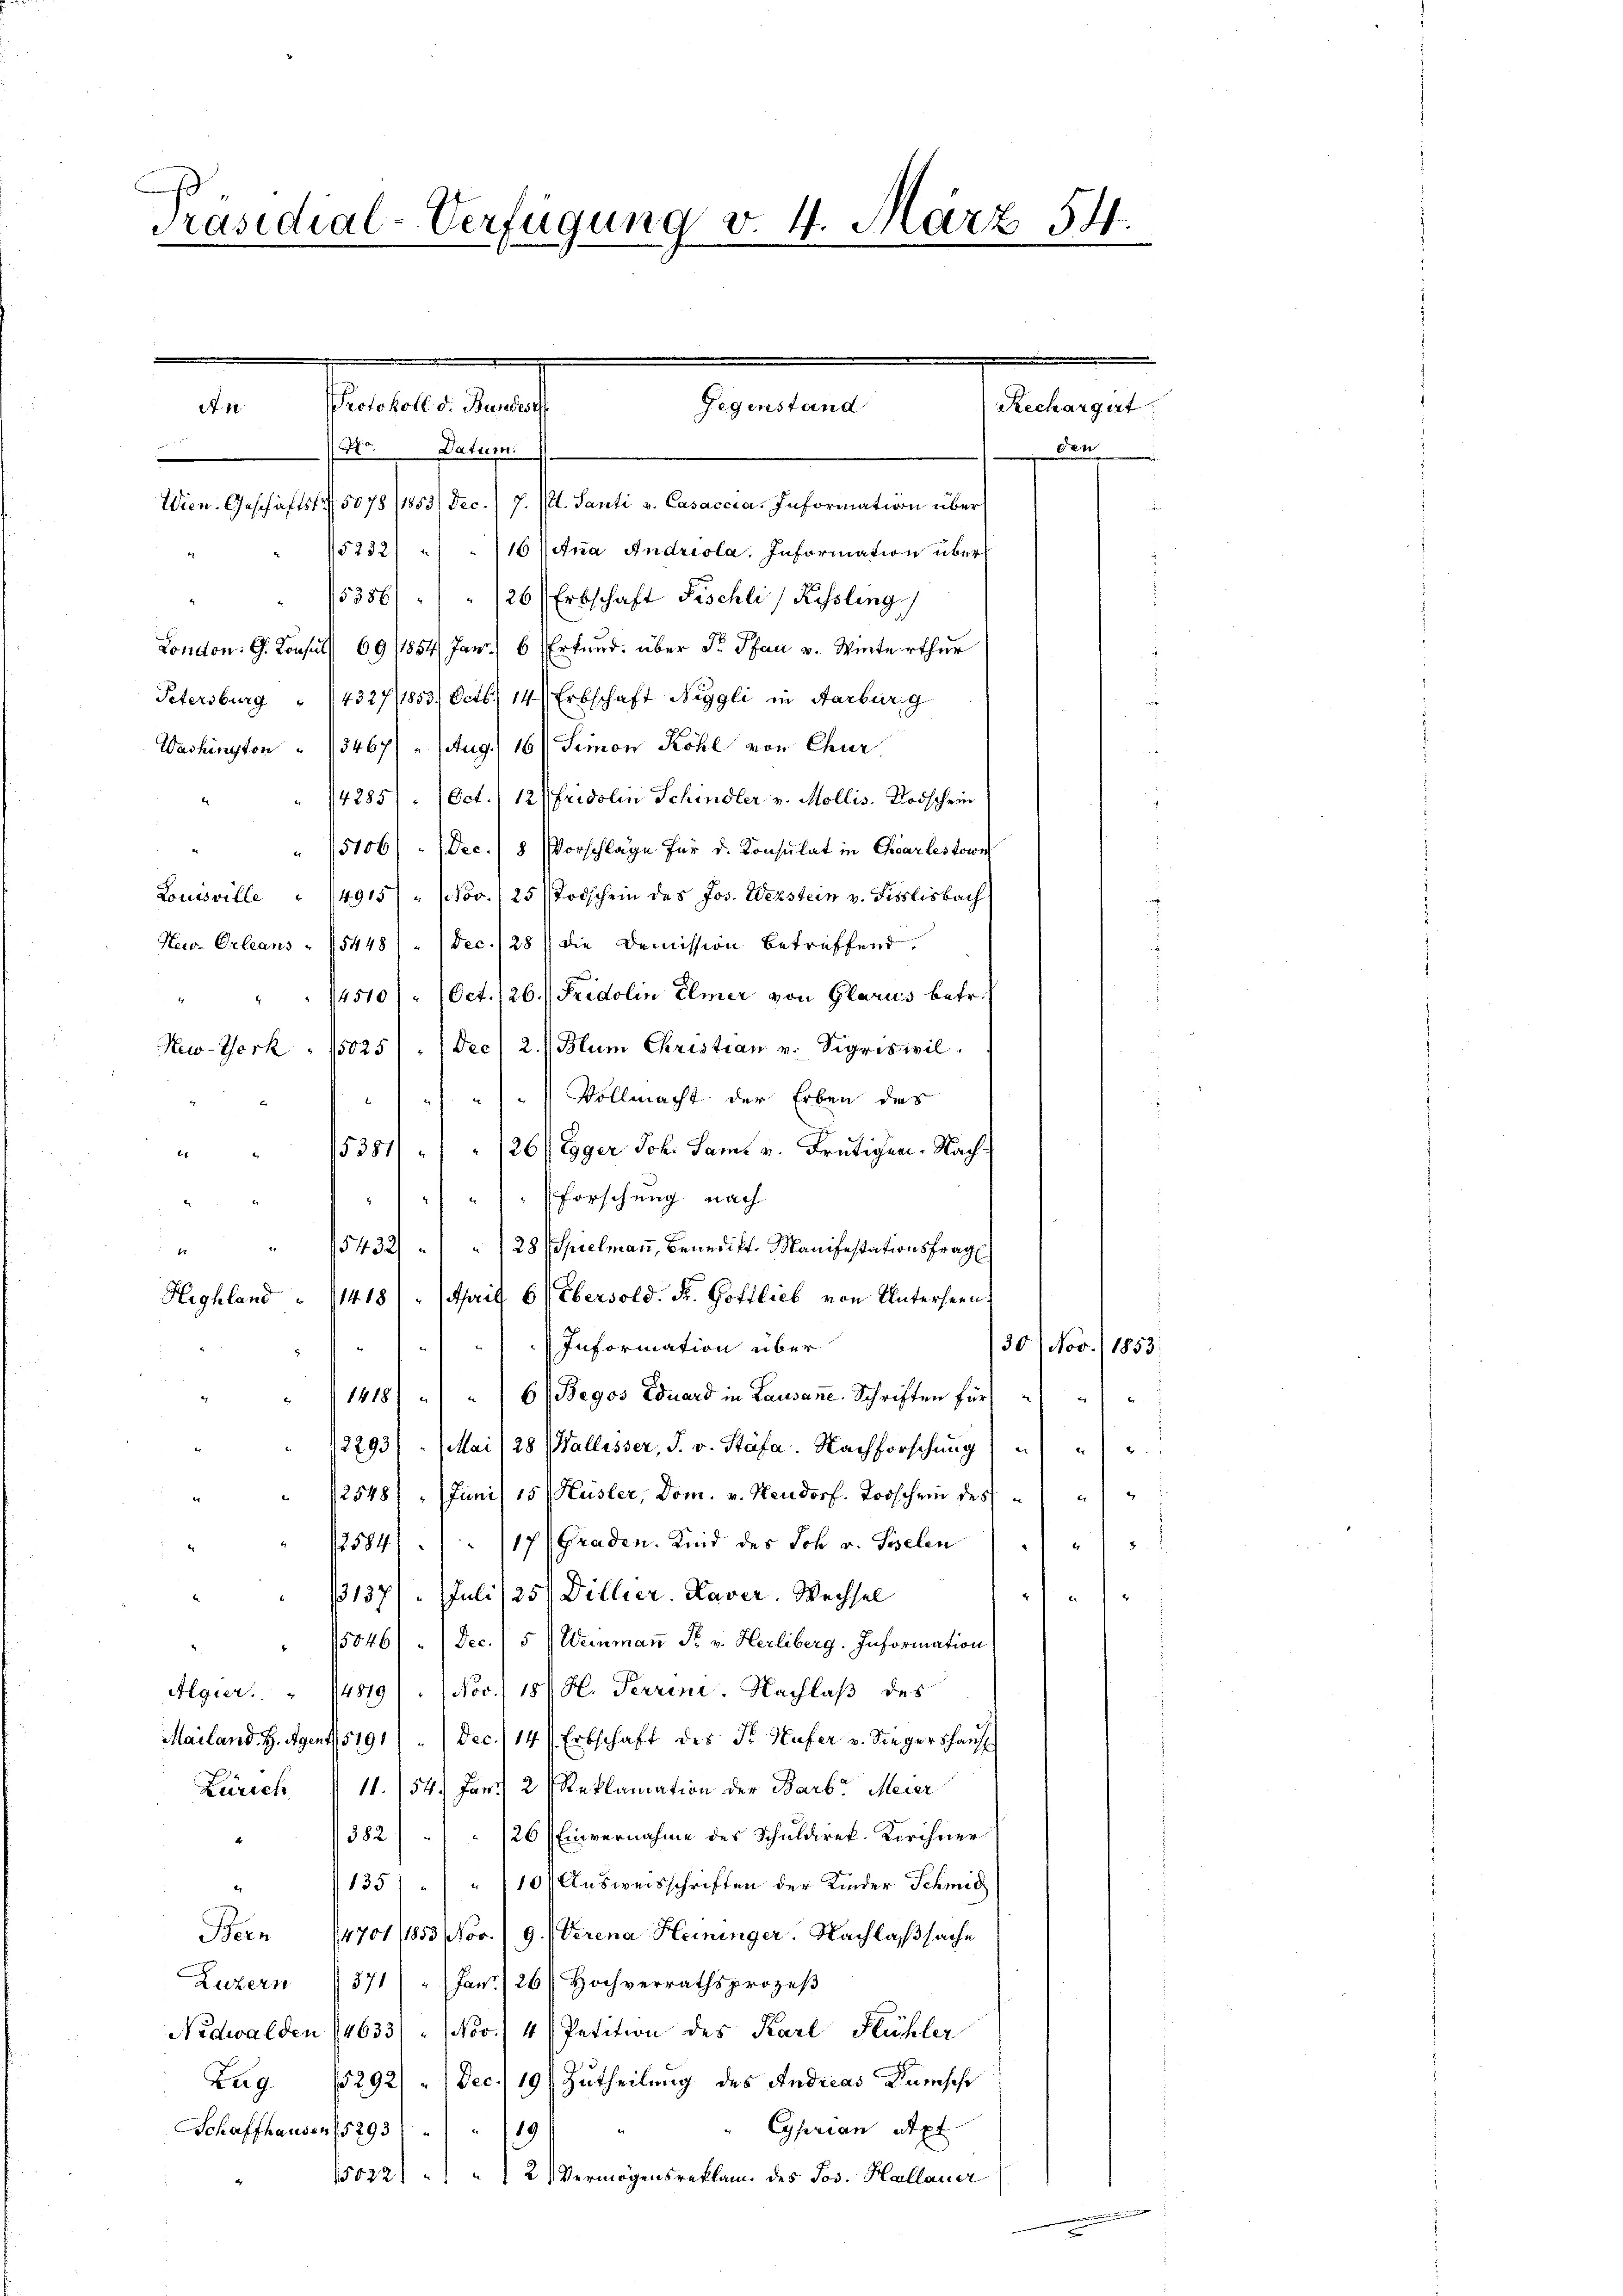
.
Präsidial-Verfügung v. 4. März 54.

Sentenant

Gegenstand

Rechargirt

1o. Datum.
.
Wien. Geschäftst.5078/1853 Dec. J. (lt. Santi v. Casaccia. Information über
/5232) " " 16 Jona Andriola. Information über
15386) " " 126 (Erbschaft Fischli / Kessling
London. G. Konsuls 69/1854 Janr. 6 Erkund, über F. Pfau v. Winterthur
Petersburg " (432711853. Octb. 14. Erbschaft Niggli in Aarburg
Simon Röhl von Chur
16
Washington " 3467) u. Aug.
4285/. (Oct.) 12/Fridolin Schindler v. Mollis. Dodschein
 15106) - Dec. /8 Vorschläge für d. Konsulat in Charlestowe
Louisville " 14915/ " (Nov. (25 Todschein des Jos. Wezstein v. Fisslisbach
5
Hew-Orleans 154481 " / dec./28) die Demission betreffend.
4510). 1 Oct. 126.) Fridolin Elmer von Glarius betr.
Dec. 2. Blum Christian v. Sigriswil
New-York 18025)
Vollmacht der Erben des
.
15381) " " 126) Egger Joh. Samt v. Frutigen. Nach
e
forschung nach
.
.
x
15432) " " 28/ Spielmann, Benedikt Manifestationsfragl
4
Highland " 1418 (" (April 6) Ebersold. Fr. Gottlieb von Unterheens
Information über
30/ Nov. 1853.
1418) " " 61 Begos Eduard in Lausane Schriften für " " "
t
1
2293/
Mai/28 (Wallesser, S. v. Stäfa. Nachforschung " " "
2548/ " (Juni 15/ Hüsler, Dom. v. Neudorf. Lorschein des
Graden. Kind des Joh v. Seelen
117
4
12584/
)
/31371. Juli (251 Dillier. Haver Wechsel
.
150461 " (Dec. 15) Weinmaṅ Fr. v. Herliberg. Information
Algier. " 14819. Nov. 180 H. Terrini. Nachlaß des
Mailand. H. Agent. 5191). Dec. 14 (Erbschaft des Fr. Hafer v. Siegershaŭs
Zürich 11. 154. Jan:) 2 Reklamation der Barb. Meier
1382) " " 126 (Einvernahme des Schuldirek-Kerchner
d
" 135) " " 1101 Ausweisschriften der Kinder Schmid
Bern 14701/853 Nov. 19. Verena Heininger. Nachlaßsache
Luzern 371/ " (Jan. 26. Hochverrathsprozeβ
Nidwalden 14633/" (Nov. / 4) Petition des Karl Flühler
Zug. 15292). Dec. 19) Zutheilung des Andreas Kunsche
Cyprian Sept
Schaffhausen 152931 " " 119
2
15022) " " 2 Vermögensreklam des Jos. Hallauer

A. 1

den

t

2